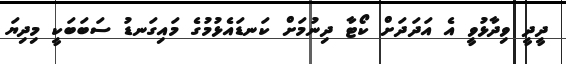
ދީދީ ވިދާޅުވީ އެ އަދަދަށް ކޯޓާ ދިނުމަށް ކަނޑައެޅުމުގެ މައިގަނޑު ސަބަބަކީ މިދިޔަ